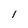
Character: I